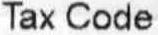
TAX CODE